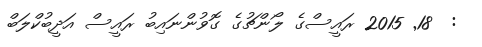
:  18